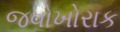
જવોખોરાક